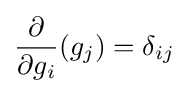
{\frac {\partial }{\partial g_{i}}}(g_{j})=\delta _{ij}